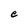
Character: e